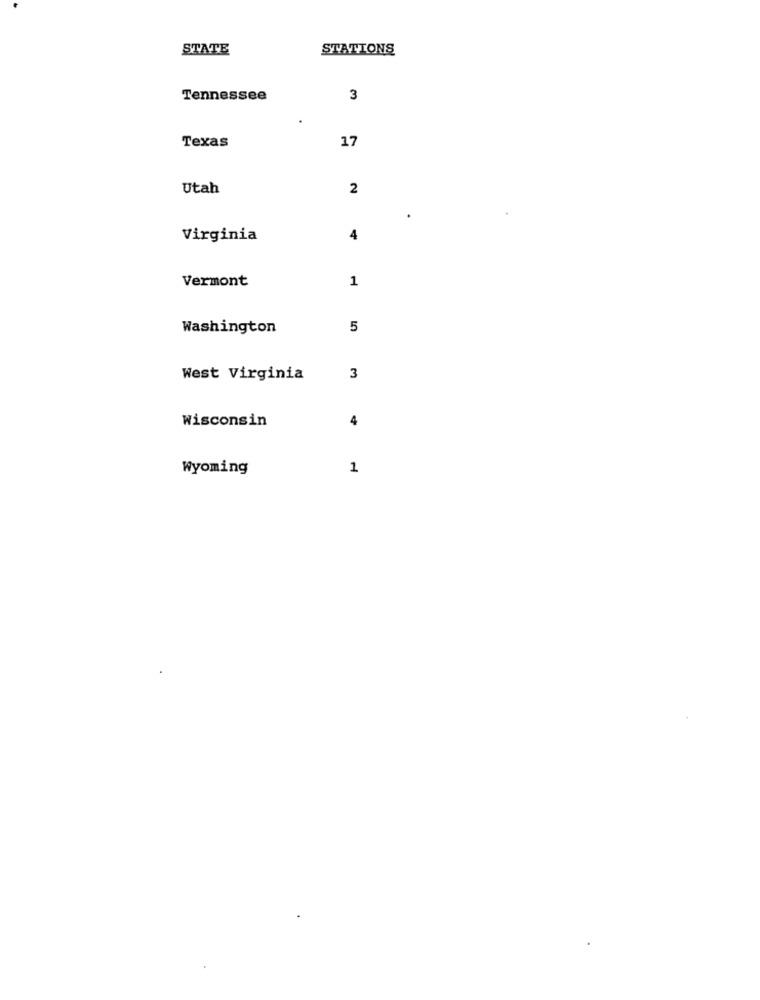
STATE
STATIONS
Tennessee
3
Texas
17
Utah
2
Virginia
4
Vermont
1
Washington
5
West Virginia
3
Wisconsin
4
Wyoming
1